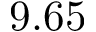
9 . 6 5